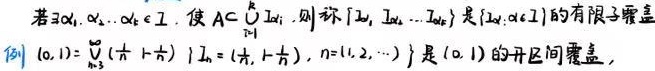
若$\exists \alpha_1, \alpha_2, \cdots, \alpha_k \in I$, 使$A \subset \bigcup_{i = 1}^{k} I_{\alpha_i}$, 则称$\{ I_{\alpha_1}, I_{\alpha_2}, \cdots, I_{\alpha_k} \}$是$\{ I_{\alpha} | \alpha \in I \}$的有限子覆盖.
例: $(0,1)=\bigcup_{n = 1}^{\infty} (\frac{1}{n + 1}, \frac{1}{n})$, $\{ I_n = (\frac{1}{n + 1}, \frac{1}{n}), n = 1, 2, \cdots \}$是$(0,1)$的开区间覆盖.